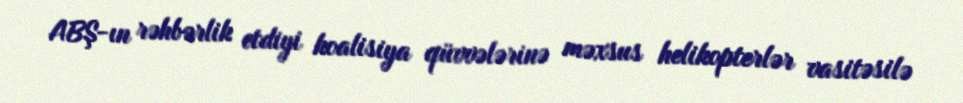
ABŞ-ın rəhbərlik etdiyi koalisiya qüvvələrinə məxsus helikopterlər vasitəsilə